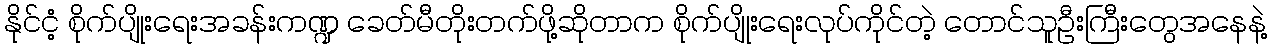
နိုင်ငံ့ စိုက်ပျိုးရေးအခန်းကဏ္ဍ ခေတ်မီတိုးတက်ဖို့ဆိုတာက စိုက်ပျိုးရေးလုပ်ကိုင်တဲ့ တောင်သူဦးကြီးတွေအနေနဲ့